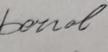
Signature authenticity: forged